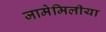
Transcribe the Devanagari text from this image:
जामेमिलीया